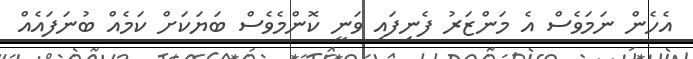
އެހެން ނަމަވެސް އެ މަންޒަރު ފެނިފައި ވަނީ ކޮންމެވެސް ބަޔަކަށް ކަމެއް ބުނަފައެއް